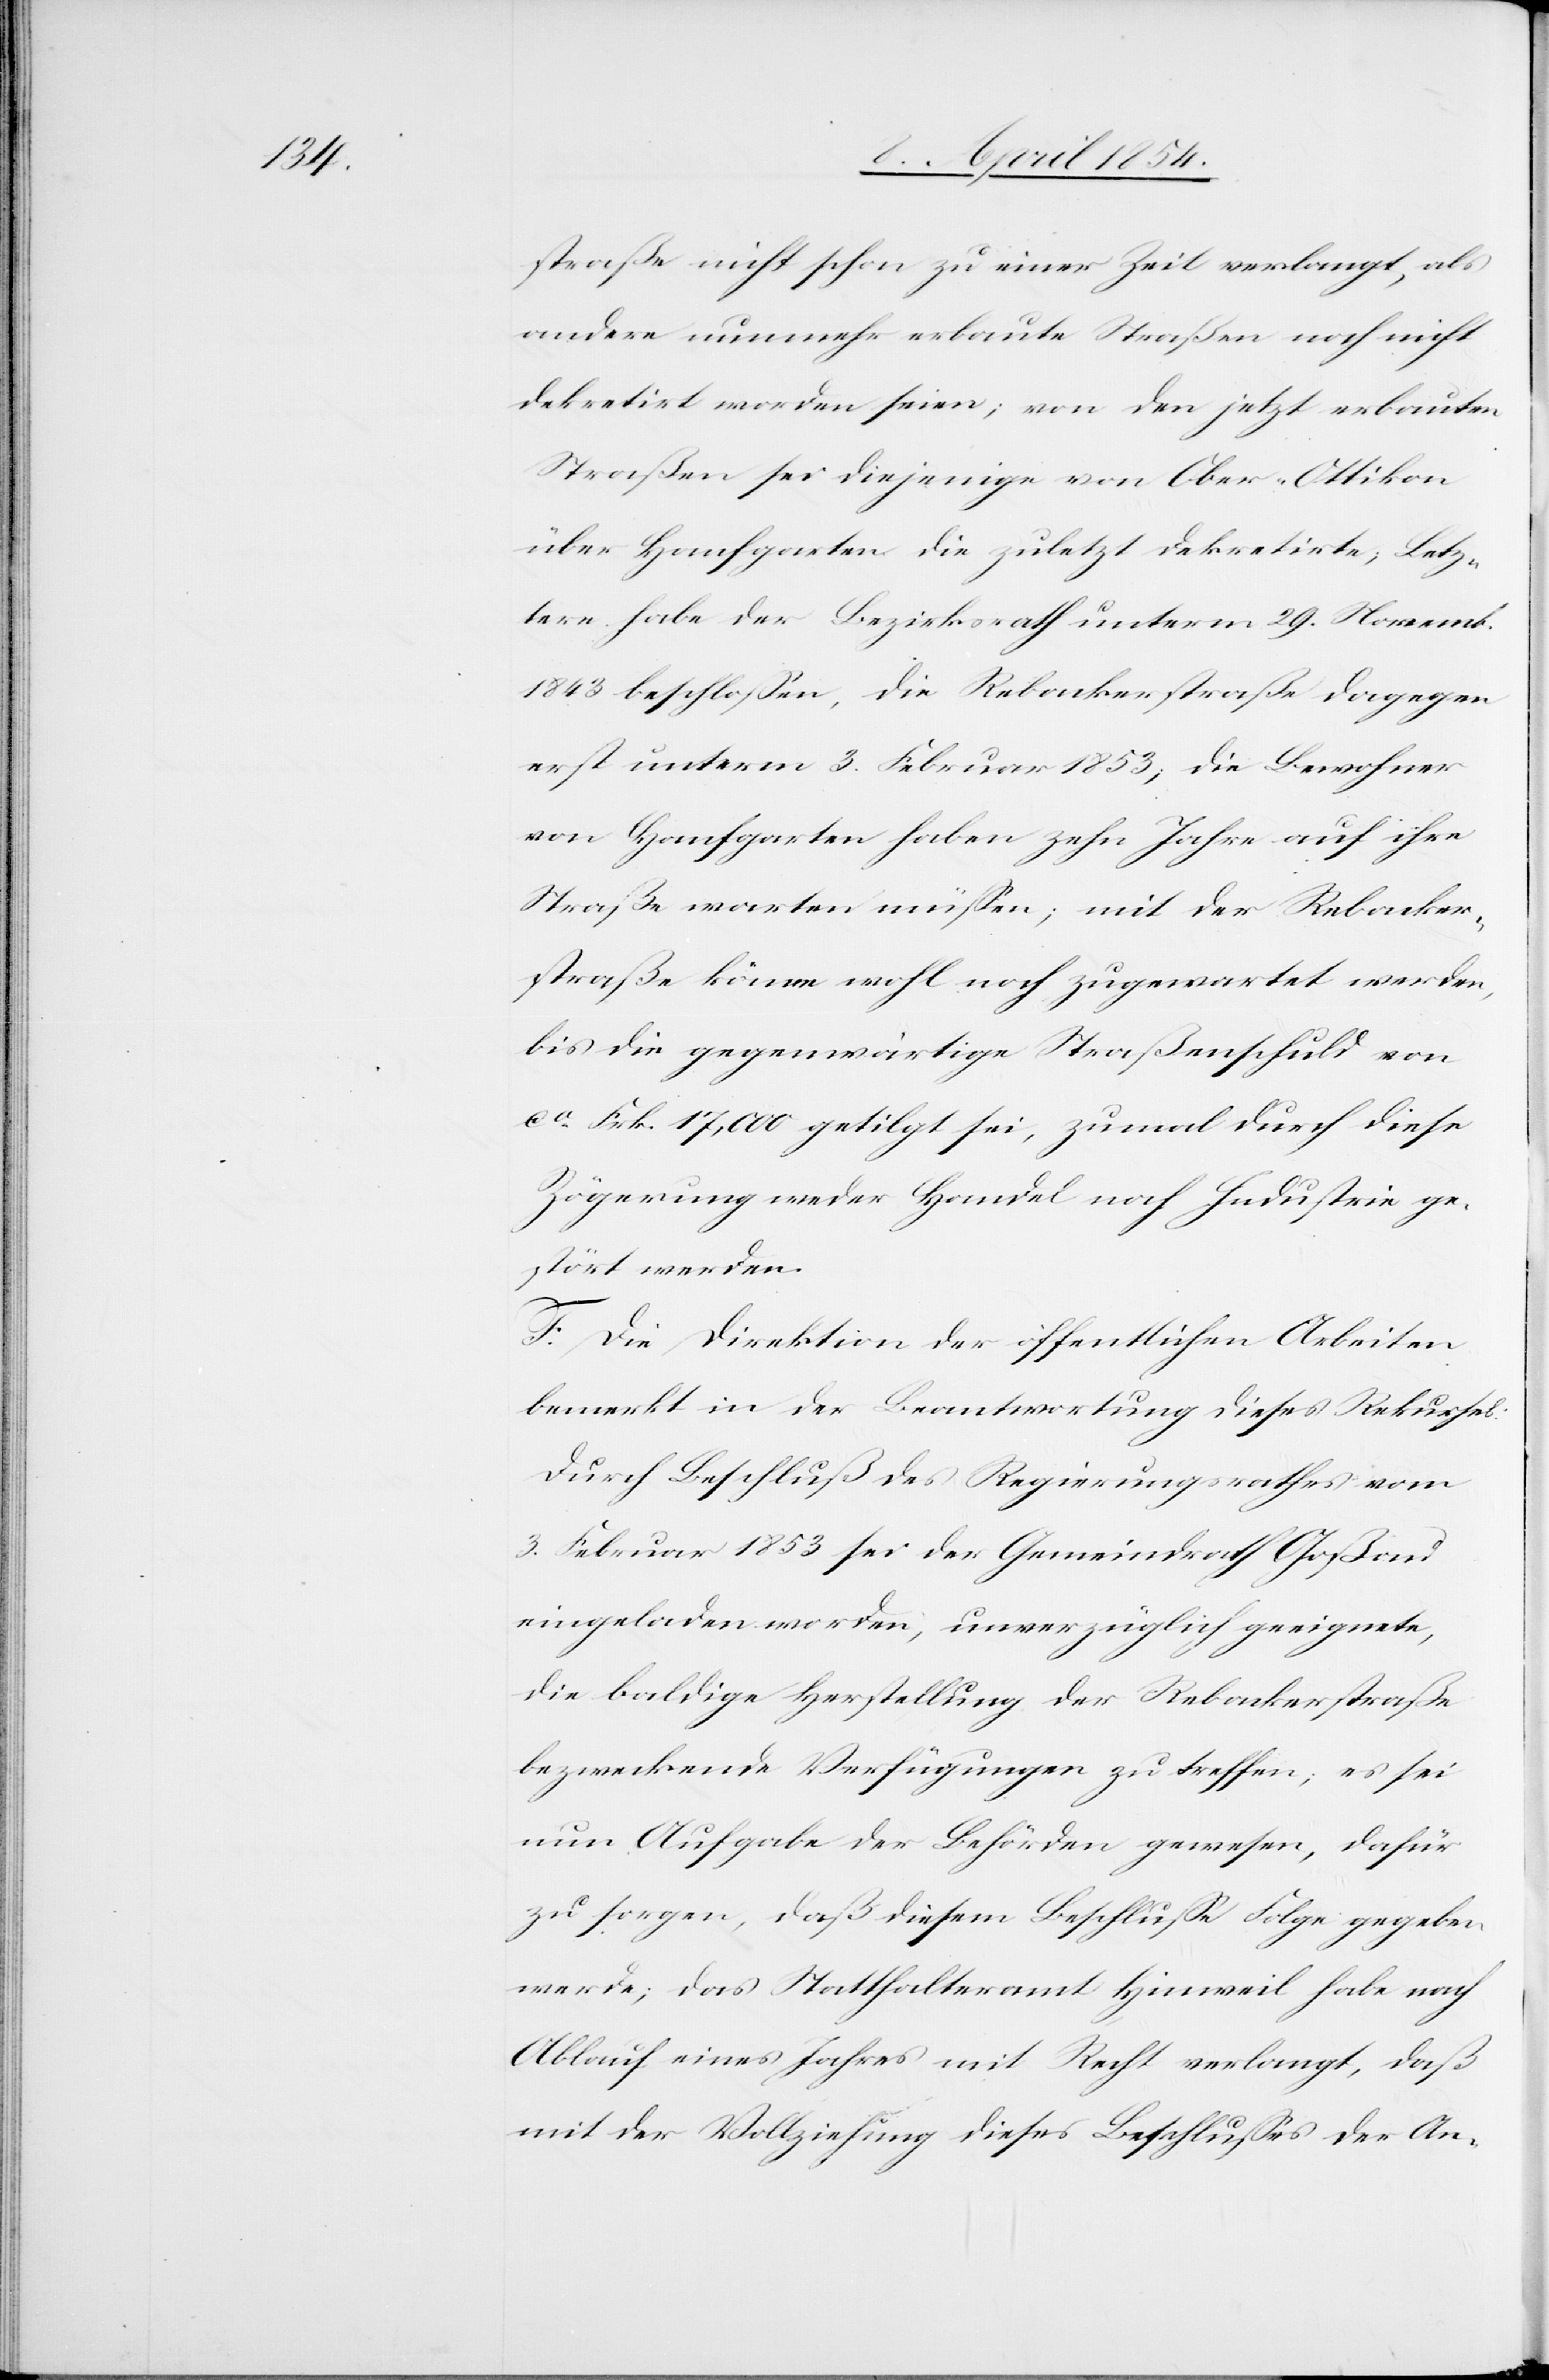
straße nicht schon zu einer Zeit verlangt, als
andere nunmehr erbaute Straßen noch nicht
dekretirt worden seien; von den jetzt erbauten
Straßen sei diejenige von Ober-Ottikon
über Hanfgarten die zuletzt dekretirte; Letz¬
tere habe der Bezirksrath unterm 20. November
1843 beschloßen, die Rebackerstraße dagegen
erst unterm 3. Februar 1853; die Bewohner
von Hanfgarten haben zehn Jahre auf ihre
Straße warten müßen; mit der Rebacker¬
straße könne wohl noch zugewartet werden,
bis die gegenwärtige Straßenschuld von
ca Frk. 17,000 getilgt sei, zumal durch diese
Zögerung weder Handel noch Industrie ge¬
stört werden.
F. Die Direktion der öffentlichen Arbeiten
bemerkt in der Beantwortung dieses Rekurses:
Durch Beschluß des Regierungsrathes vom
3. Februar 1853 sei der Gemeindrath Goßau
eingeladen worden, unverzüglich geeignete,
die baldige Herstellung der Rebackerstraße
bezweckende Verfügungen zu treffen; es sei
nun Aufgabe der Behörden gewesen, dafür
zu sorgen, daß diesem Beschluße Folge gegeben
werde; das Statthalteramt Hinweil habe nach
Ablauf eines Jahres mit Recht verlangt, daß
mit der Vollziehung dieses Beschlußes der An-